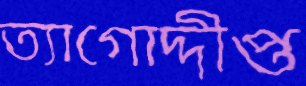
ত্যাগোদ্দীপ্ত